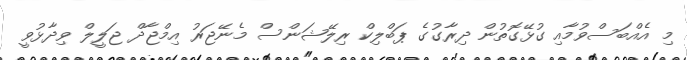
މި އެއްބަސްވުމާއި ގުޅޭގޮތުން ދިރާގުގެ ޕަބްލިކް ރިލޭޝަންސް މެނޭޖަރު އިމްޖާދް ޖަލީލް ވިދާޅުވީ